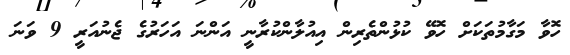
ހޮވާ މަގާމުތަކަށް ހޮވޭ ކުޅުންތެރިން އިއުލާންކުރާނީ އަންނަ އަހަރުގެ ޖެނުއަރީ 9 ވަނަ